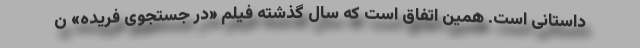
داستانی است. همین اتفاق است که سال گذشته فیلم «در جستجوی فریده» ن